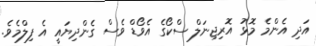
އަދި އެންމެ މޮޅު އޮރިޖިނަލް ސްކޯގެ އެވޯޑް ވެސް ގެންދިޔައީ އެ ފިލްމެވެ.